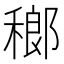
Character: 𱶞